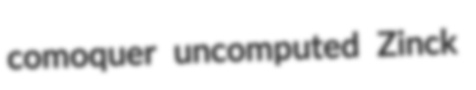
comoquer uncomputed Zinck